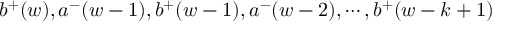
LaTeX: b ^ { + } ( w ) , a ^ { - } ( w - 1 ) , b ^ { + } ( w - 1 ) , a ^ { - } ( w - 2 ) , \cdots , b ^ { + } ( w - k + 1 )